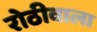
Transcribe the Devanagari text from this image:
रोठीवाला